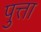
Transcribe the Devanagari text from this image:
पुत्ता